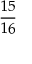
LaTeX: \frac { 1 5 } { 1 6 }